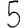
Digit: 5